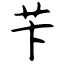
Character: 苄